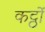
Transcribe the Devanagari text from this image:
कट्ठों